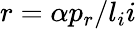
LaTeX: r=\alpha p_{r}/l_{i}i